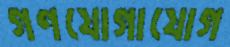
গণযোগাযোগ